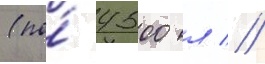
(по́ 4500 л //